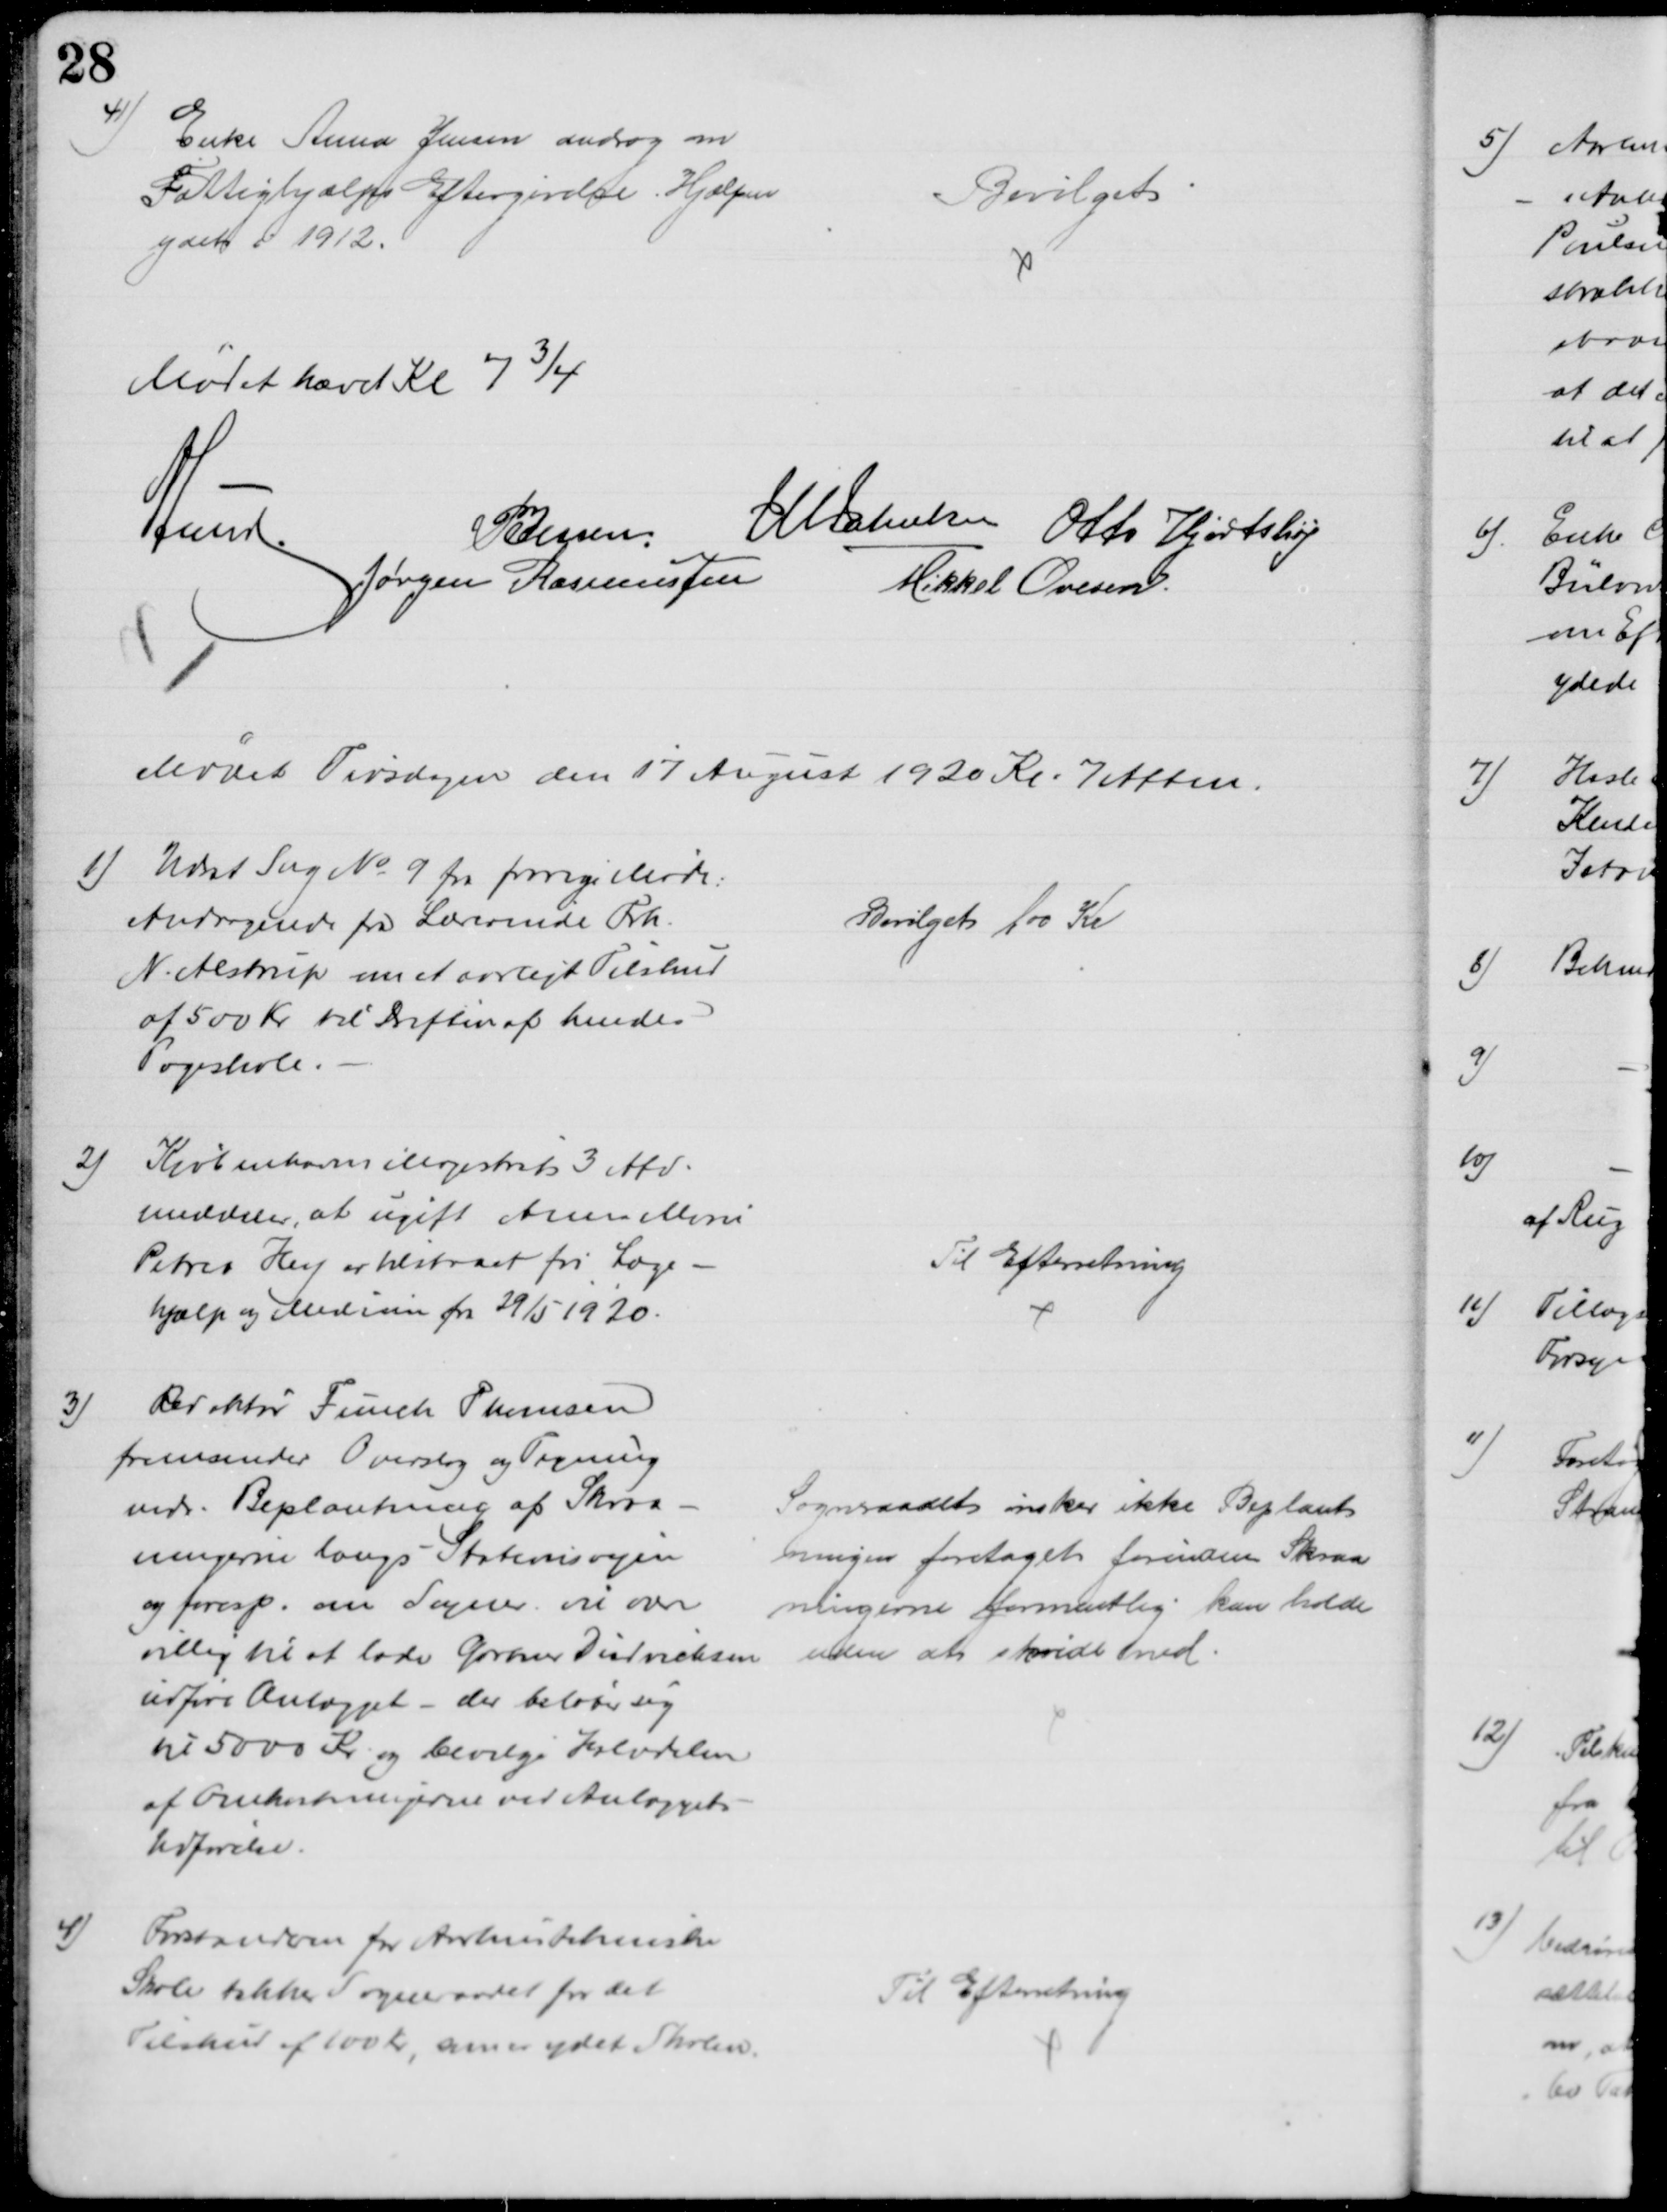
Transskription:
41)
Enke Anna Jensen androg om
Fattighjælps Eftergivelse. Hjælpen
ydet i 1912.
Bevilget
Mødet hævet Kl 7¾
A Lund.
P Jessen
J M Jakobsen Otto Hjortshøj
Jørgen Rasmussen
Mikkel Ovesen
 Mødet Tirsdagen den 17 August 1920 Kl. 7 Aften.
1) Udsat Sag № 9 fra forrige Møde:
Andragende fra Lærerinde Frk.
N. Alstrup om et aarligt Tilskud
af 500 Kr til Driften af hendes
Pogeskole.
Bevilget 100 Kr
2)
Kjøbenhavns Magistrats 3 Afd.
meddeler, at ugift Anne Marie
Petrea Hey er tilstaaet fri Læge-
hjælp og Medicin fra 29/5 1920.
Til Efterretning
3)
Redaktør Funch Thomsen
fremsender Overslag og Tegning
vedr. Beplantning af Skraa-
ningerne langs Stationsvejen
og foresp. om Sogner er være
villig til at lade Gartner Diedrichsen
udføre Anlægget - der beløber sig
til 5000 Kr og bevilge Halvdelen
af Omkostningerne ved Anlæggets
Udførelse.
Sogneraadet ønsker ikke Beplant
ningen foretaget forinden Skraa
ningerne formentlig kan holde
uden at skride ned.
4)
Forstanderen for Aarhus tekniske
Skole takker Sogneraadet for det
Tilskud af 100 Kr, som er ydet Skolen.
Til Efterretning